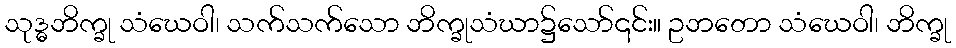
သုဒ္ဓဘိက္ခု သံဃေဝါ၊ သက်သက်သော ဘိက္ခုသံဃာ၌သော်၎င်း။ ဥဘတော သံဃေဝါ၊ ဘိက္ခု